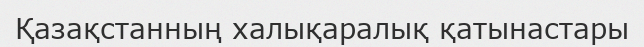
Қазақстанның халықаралық қатынастары